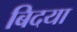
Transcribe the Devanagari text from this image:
बिदया